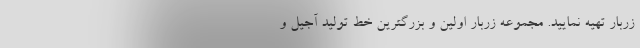
زربار تهیه نمایید. مجموعه زربار اولین و بزرگترین خط تولید آجیل و